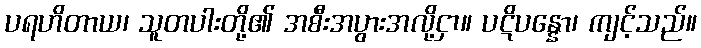
ပရဟိတာယ၊ သူတပါးတို့၏ အစီးအပွားအလို့ငှာ။ ပဋိပန္နော၊ ကျင့်သည်။